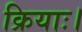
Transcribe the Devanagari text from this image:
क्रियाः।